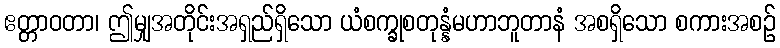
ဧတ္တာဝတာ၊ ဤမျှအတိုင်းအရှည်ရှိသော ယံစက္ခုစတုန္နံမဟာဘူတာနံ အစရှိသော စကားအစဉ်